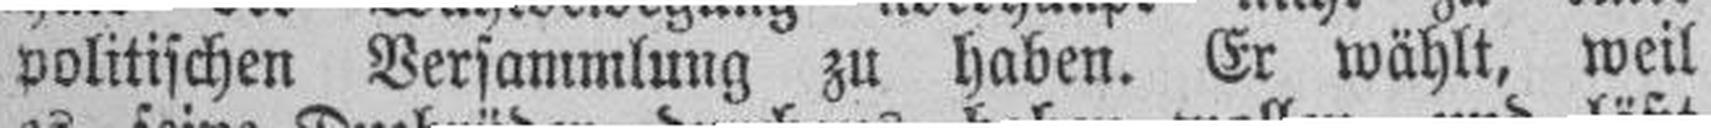
politischen Versammlung zu haben. Er wählt, weil